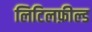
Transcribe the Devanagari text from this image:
लिटिलफ़ील्ड